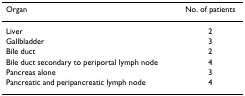
<table><thead><tr><td><b>Organ</b></td><td><b>No. of patients</b></td></tr></thead><tbody><tr><td>Liver</td><td>2</td></tr><tr><td>Gallbladder</td><td>3</td></tr><tr><td>Bile duct</td><td>2</td></tr><tr><td>Bile duct secondary to periportal lymph node</td><td>4</td></tr><tr><td>Pancreas alone</td><td>3</td></tr><tr><td>Pancreatic and peripancreatic lymph node</td><td>4</td></tr></tbody></table>